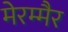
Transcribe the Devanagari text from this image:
मेरम्मैर